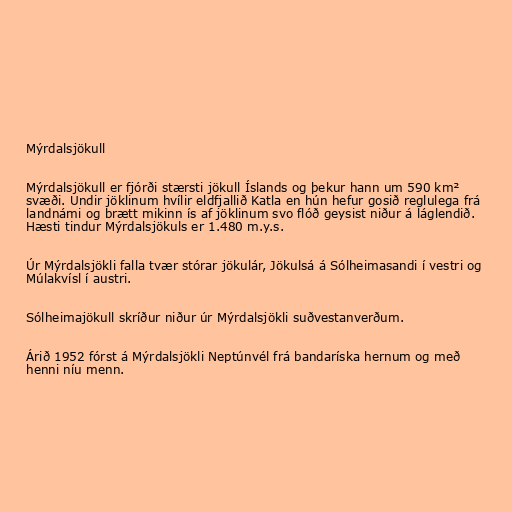
Mýrdalsjökull

Mýrdalsjökull er fjórði stærsti jökull Íslands og þekur hann um 590 km²
svæði. Undir jöklinum hvílir eldfjallið Katla en hún hefur gosið reglulega frá
landnámi og brætt mikinn ís af jöklinum svo flóð geysist niður á láglendið.
Hæsti tindur Mýrdalsjökuls er 1.480 m.y.s.

Úr Mýrdalsjökli falla tvær stórar jökulár, Jökulsá á Sólheimasandi í vestri og
Múlakvísl í austri.

Sólheimajökull skríður niður úr Mýrdalsjökli suðvestanverðum.

Árið 1952 fórst á Mýrdalsjökli Neptúnvél frá bandaríska hernum og með
henni níu menn.